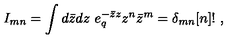
I _ { m n } = \int d \bar { z } d z \ e _ { q } ^ { - \bar { z } z } z ^ { n } \bar { z } ^ { m } = \delta _ { m n } [ n ] ! \ ,